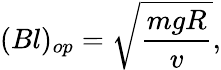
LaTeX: (Bl)_{op}=\sqrt{\frac{mgR}{v}},